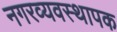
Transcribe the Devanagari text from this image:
नगरव्यवस्थापक